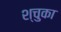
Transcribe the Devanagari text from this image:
श्चुका